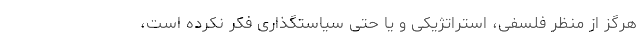
هرگز از منظر فلسفی، استراتژیکی و یا حتی سیاستگذاری فکر نکرده است،